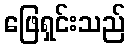
ဖြေရှင်းသည်